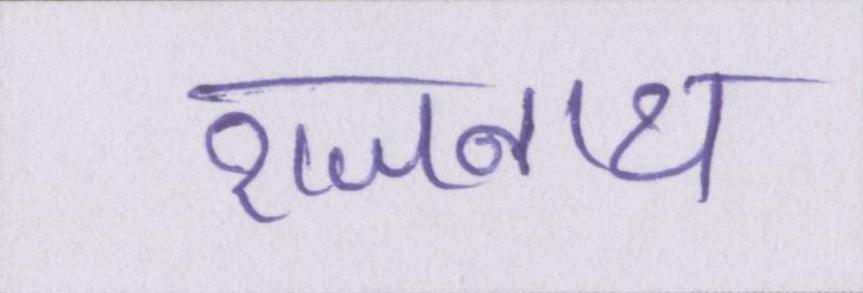
राजनाथ